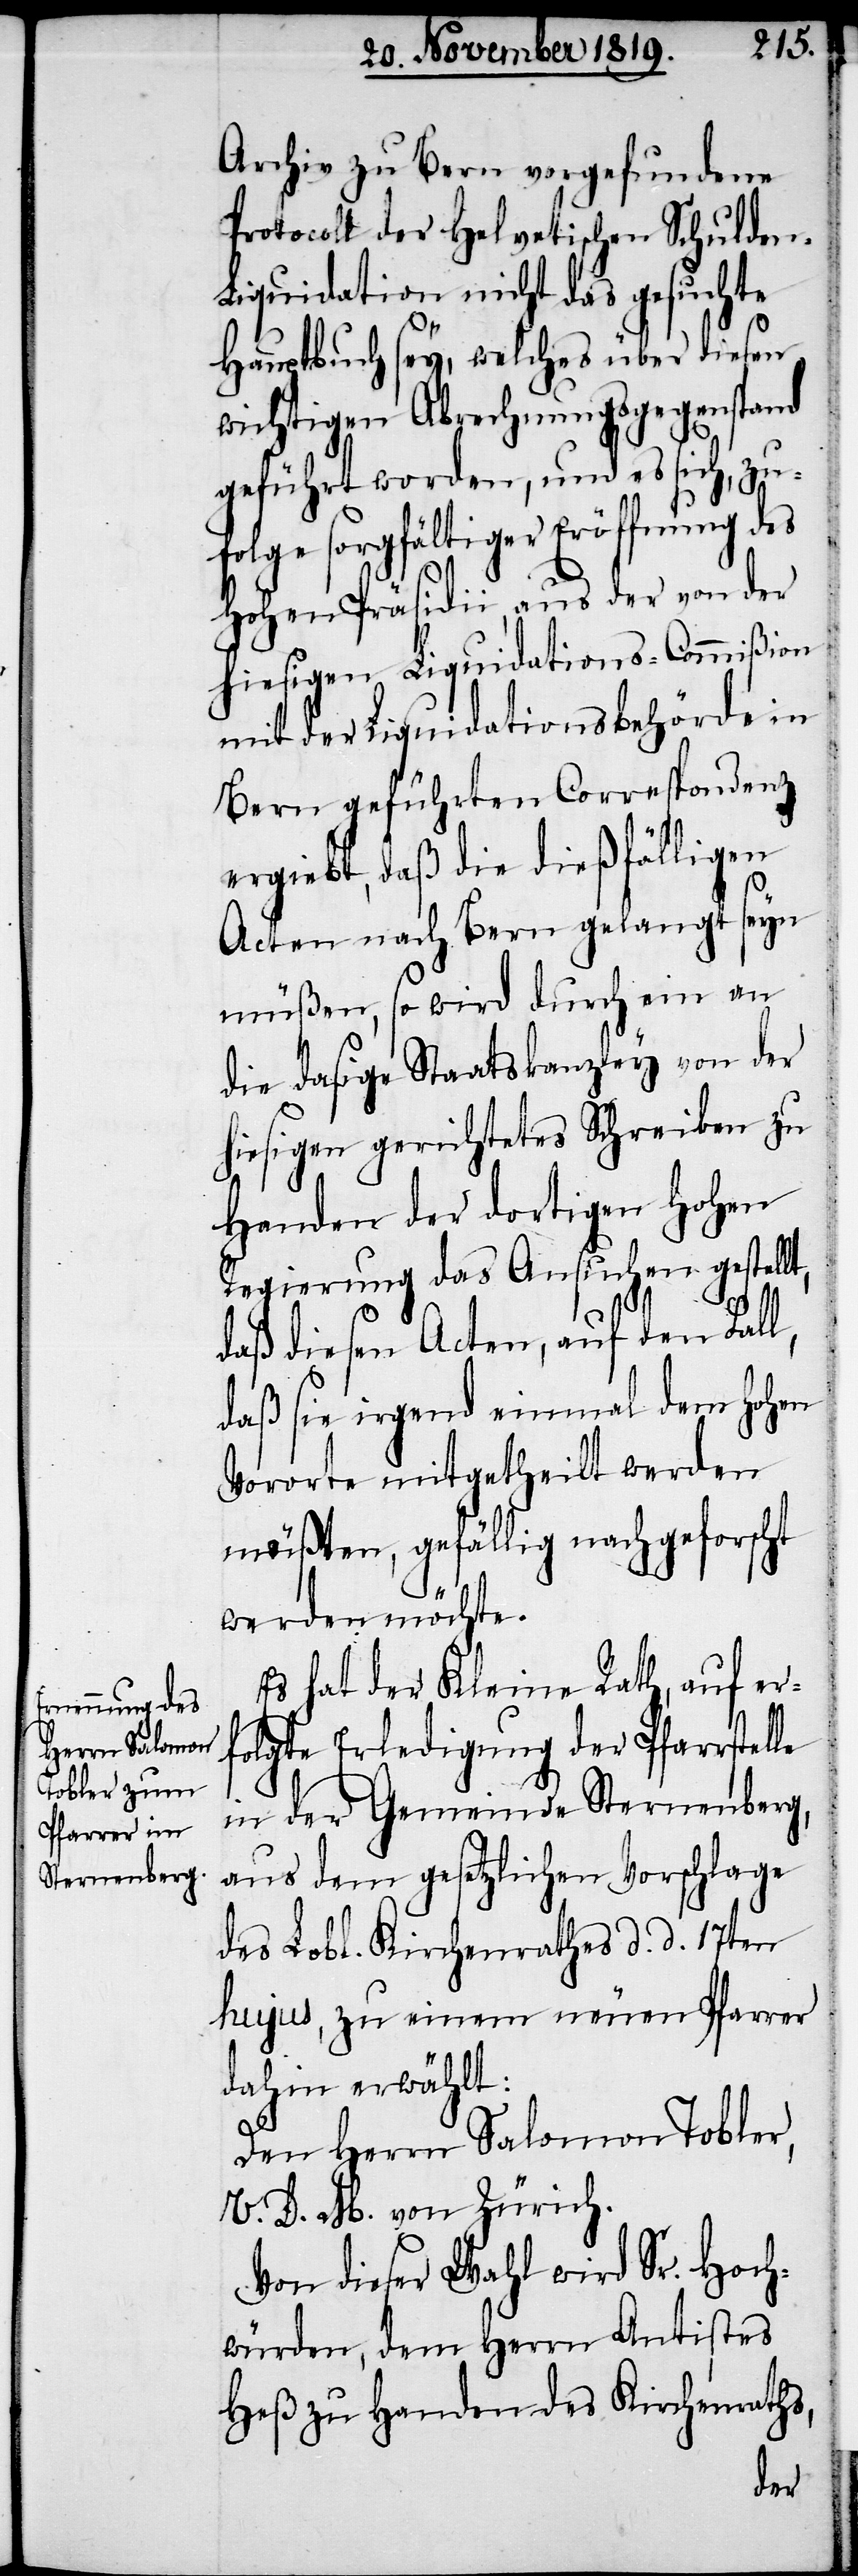
Archiv zu Bern vorgefundene
Protocoll der Helvetischen Schulde¬
n-Liquidation nicht das gesuchte
Hauptbuch sey, welches über diesen
wichtigen Abrechnungsgegenstand
geführt worden, und es sich, zu¬
folge sorgfältiger Eröffnung des
Hohen Präsidii, aus der von der
hiesigen Liquidations-Commißion
mit der Liquidationsbehörde in
Bern geführten Correspondenz
ergiebt, daß die dießfälligen
Acten nach Bern gelangt seyn
müßen, so wird durch ein an
die dasige Staatskanzley von der
hiesigen gerichtetes Schreiben zu
Handen der dortigen hohen
Regierung das Ansuchen gestellt,
daß diesen Acten, auf den Fall,
daß sie irgend einmal dem hohen
Vororte mitgetheilt werden
müßten, gefällig nachgeforscht
werden möchte.
Es hat der Kleine Rath, auf er¬
folgte Erledigung der Pfarrstelle
in der Gemeinde Sternenberg,
aus dem gesetzlichen Vorschlage
des Lobl. Kirchenrathes d. d. 17ten
hujus, zu einem neuen Pfarrer
dahin erwählt:
Den Herrn Salomon Tobler,
V. D. M. von Zürich.
Von dieser Wahl wird Sr. Hoch¬
würden, dem Herrn Antistes
Heß zu Handen des Kirchenraths,